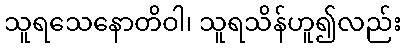
သူရသေနောတိဝါ၊ သူရသိန်ဟူ၍လည်း